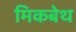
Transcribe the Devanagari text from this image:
मिकबेथ